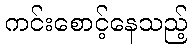
ကင်းစောင့်နေသည့်